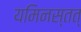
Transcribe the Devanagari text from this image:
यमिनस्तत्